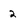
Character: 2